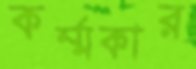
কর্ম্মকার